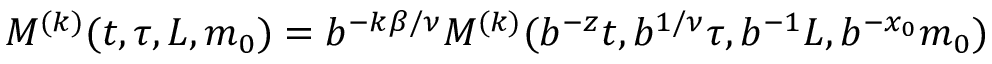
M ^ { ( k ) } ( t , \tau , L , m _ { 0 } ) = b ^ { - k \beta / \nu } M ^ { ( k ) } ( b ^ { - z } t , b ^ { 1 / \nu } \tau , b ^ { - 1 } L , b ^ { - x _ { 0 } } m _ { 0 } )